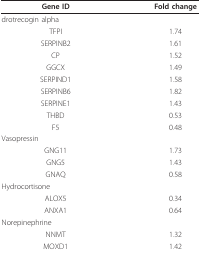
<table><thead><tr><td><b>Gene ID</b></td><td><b>Fold change</b></td></tr></thead><tbody><tr><td colspan="2">drotrecogin alpha</td></tr><tr><td>TFPI</td><td>1.74</td></tr><tr><td>SERPINB2</td><td>1.61</td></tr><tr><td>CP</td><td>1.52</td></tr><tr><td>GGCX</td><td>1.49</td></tr><tr><td>SERPIND1</td><td>1.58</td></tr><tr><td>SERPINB6</td><td>1.82</td></tr><tr><td>SERPINE1</td><td>1.43</td></tr><tr><td>THBD</td><td>0.53</td></tr><tr><td>F5</td><td>0.48</td></tr><tr><td colspan="2">Vasopressin</td></tr><tr><td>GNG11</td><td>1.73</td></tr><tr><td>GNG5</td><td>1.43</td></tr><tr><td>GNAQ</td><td>0.58</td></tr><tr><td colspan="2">Hydrocortisone</td></tr><tr><td>ALOX5</td><td>0.34</td></tr><tr><td>ANXA1</td><td>0.64</td></tr><tr><td colspan="2">Norepinephrine</td></tr><tr><td>NNMT</td><td>1.32</td></tr><tr><td>MOXD1</td><td>1.42</td></tr></tbody></table>